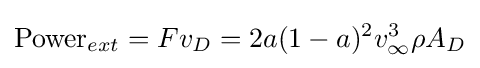
\mathrm {Power} _{ext}=Fv_{D}=2a(1-a)^{2}v_{\infty }^{3}\rho A_{D}